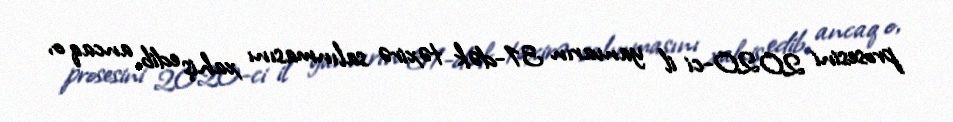
prosesini 2020-ci il yanvarın 31-dək təxirə salınmasını xahiş edib, ancaq o,